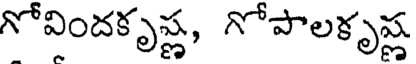
గోవిందకృష్ణ, గోపాలకృష్ణ